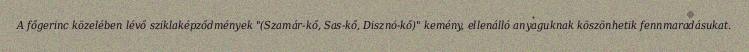
A főgerinc közelében lévő sziklaképződmények "(Szamár-kő, Sas-kő, Disznó-kő)" kemény, ellenálló anyaguknak köszönhetik fennmaradásukat.